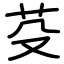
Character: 芟